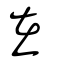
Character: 在